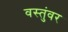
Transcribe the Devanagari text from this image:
वस्तुंवर